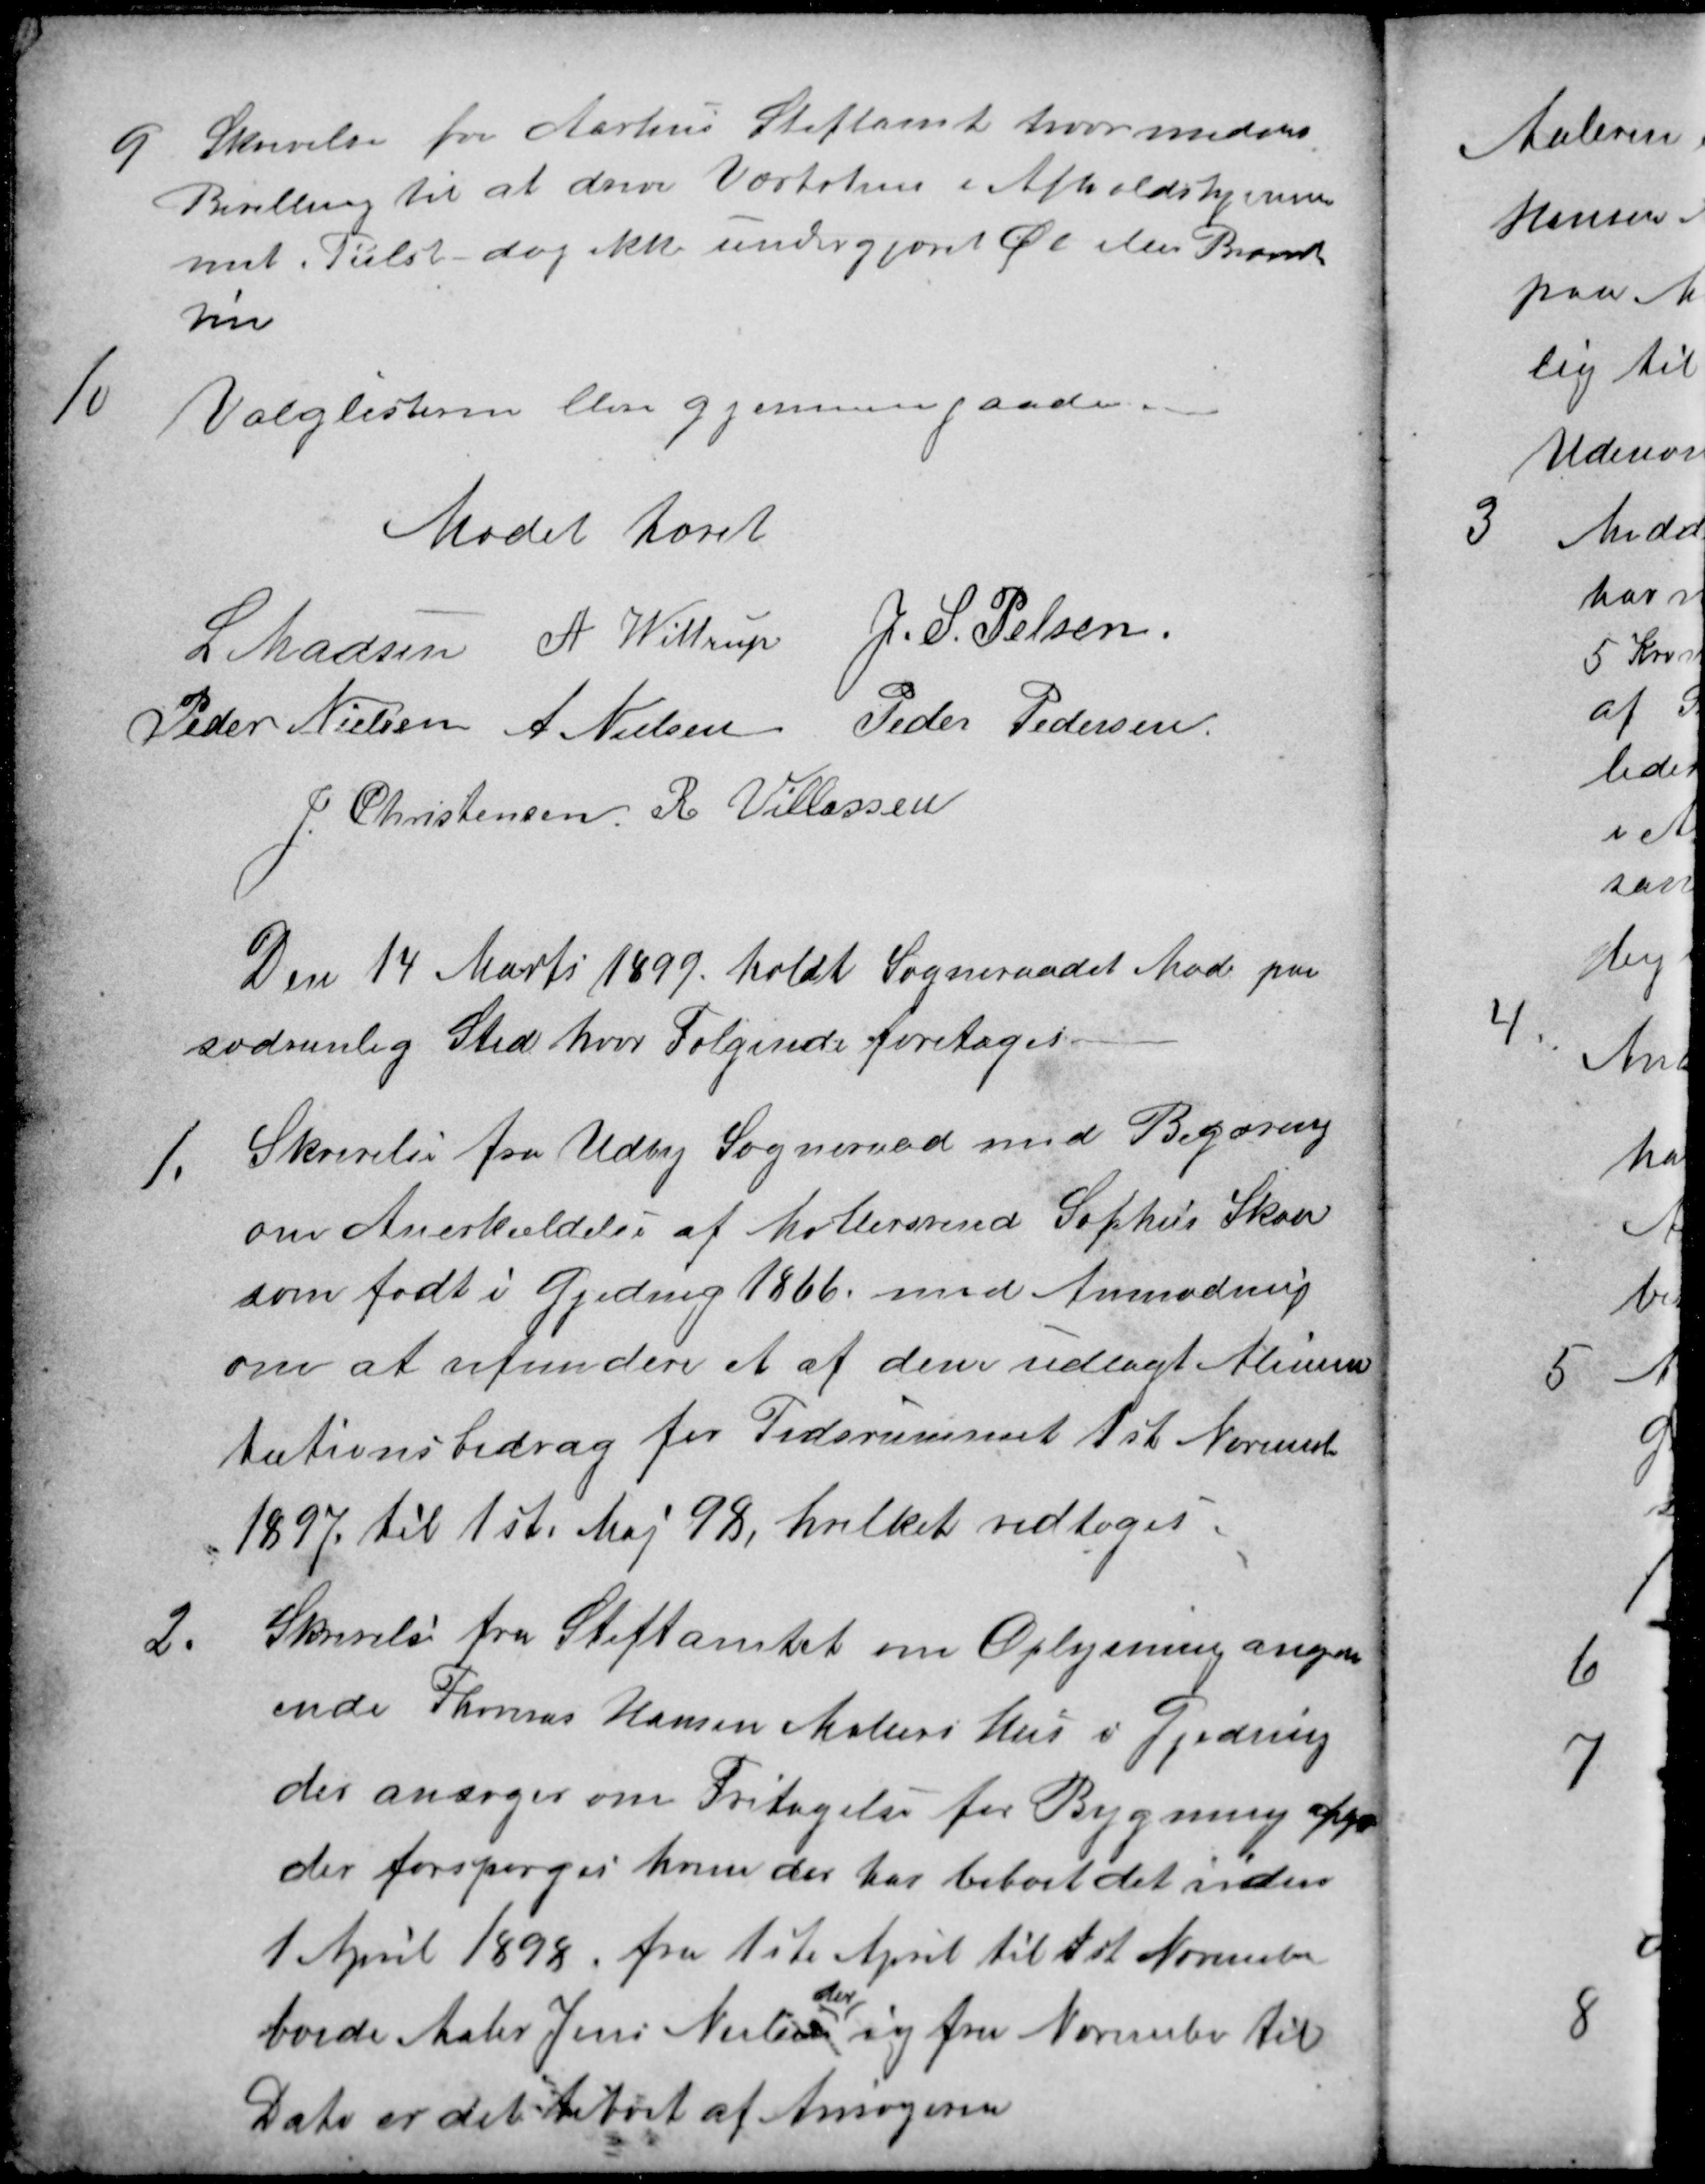
Transskription:
9
Skrivelse for Aarhus Stiftamt hvor meddels
Bevilling til at drive Værtshus i Afholdshjem-
met. Tiilst - dog ikke undergjæret Øl eller Brænde
vin
10
Valglisterne blev gjennemgaade.
Mødet hævet
L. Madsen
A. Wittrup
J. S. Pelsen
Peder Nielsen
A. Nielsen
Peder Pedersen
J. Christensen
R Villassen
Den 14 Marts 1899. holdt Sogneraadet Møde paa
sædvanlig Sted, hvor Følgende foretoges.
1. 
Skrivelse fra Udby Sogneraad med Begæring
om Anerkældelse af Møllersvend Sophus Skou
som født i Gjeding 1866, med Anmodning
om at refundere et af dem udlagt Alimen-
tationsbidrag for Tidsrummet 1st November
1897 til 1st. Maj 98, hvilket vedtoges.
2.
Skrivelse fra Stiftamtet om Oplysning angaa
ende Thomas Hansen Møllers Hus i Gjeding
der ansøger om Fritagelse for Bygning afg
der forspørges hvem der har beboet det inden
1 April 1898, fra 1ste April til 1st November
boede Maler Jens Nielsen
der
og fra November til
Dato er det beboet af Ansøgeren